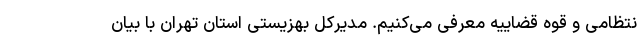
نتظامی و قوه قضاییه معرفی می‌کنیم. مدیرکل بهزیستی استان تهران با بیان